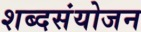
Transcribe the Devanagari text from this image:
शब्दसंयोजन